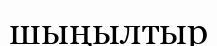
шыңылтыр